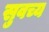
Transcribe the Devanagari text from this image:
सुवच्य